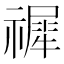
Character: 𥛹